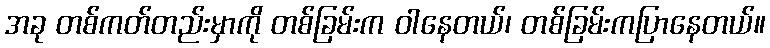
အခု တစ်ကတ်တည်းမှာကို တစ်ခြမ်းက ဝါနေတယ်၊ တစ်ခြမ်းကပြာနေတယ်။